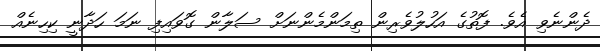
ދެންނެވި އެވެ. ފޮތުގެ އަހުލުވެރިން ތިމަންމެންނަށް ސަލާން ގޮވައިފި ނަމަ ހަދާނީ ކިހިނެއް